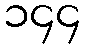
၁၄၄